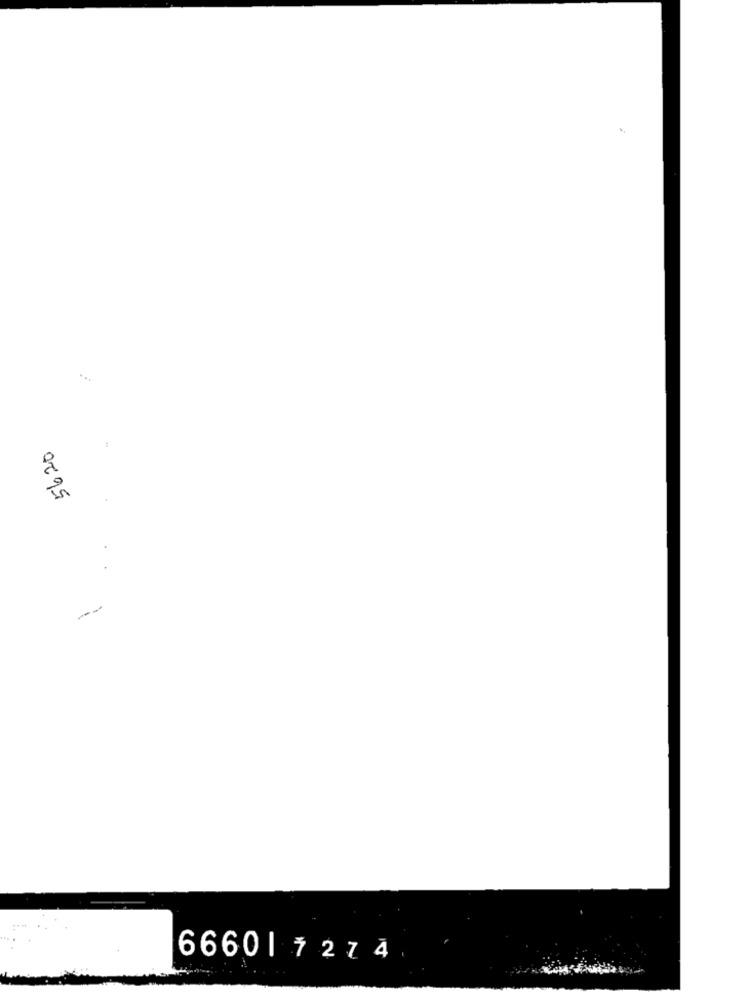
56.20
66601 7274